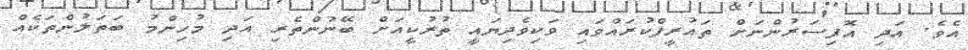
އެވެ. އަދި އޮފިސަރުންނަށް ތައުރީފްކުރައްވައި ވަކިވެދިޔައީ ތުރުކީއަށް ބޭނުންތެރި އަދި މުހިންމު ބަތަލުންތަކެއް